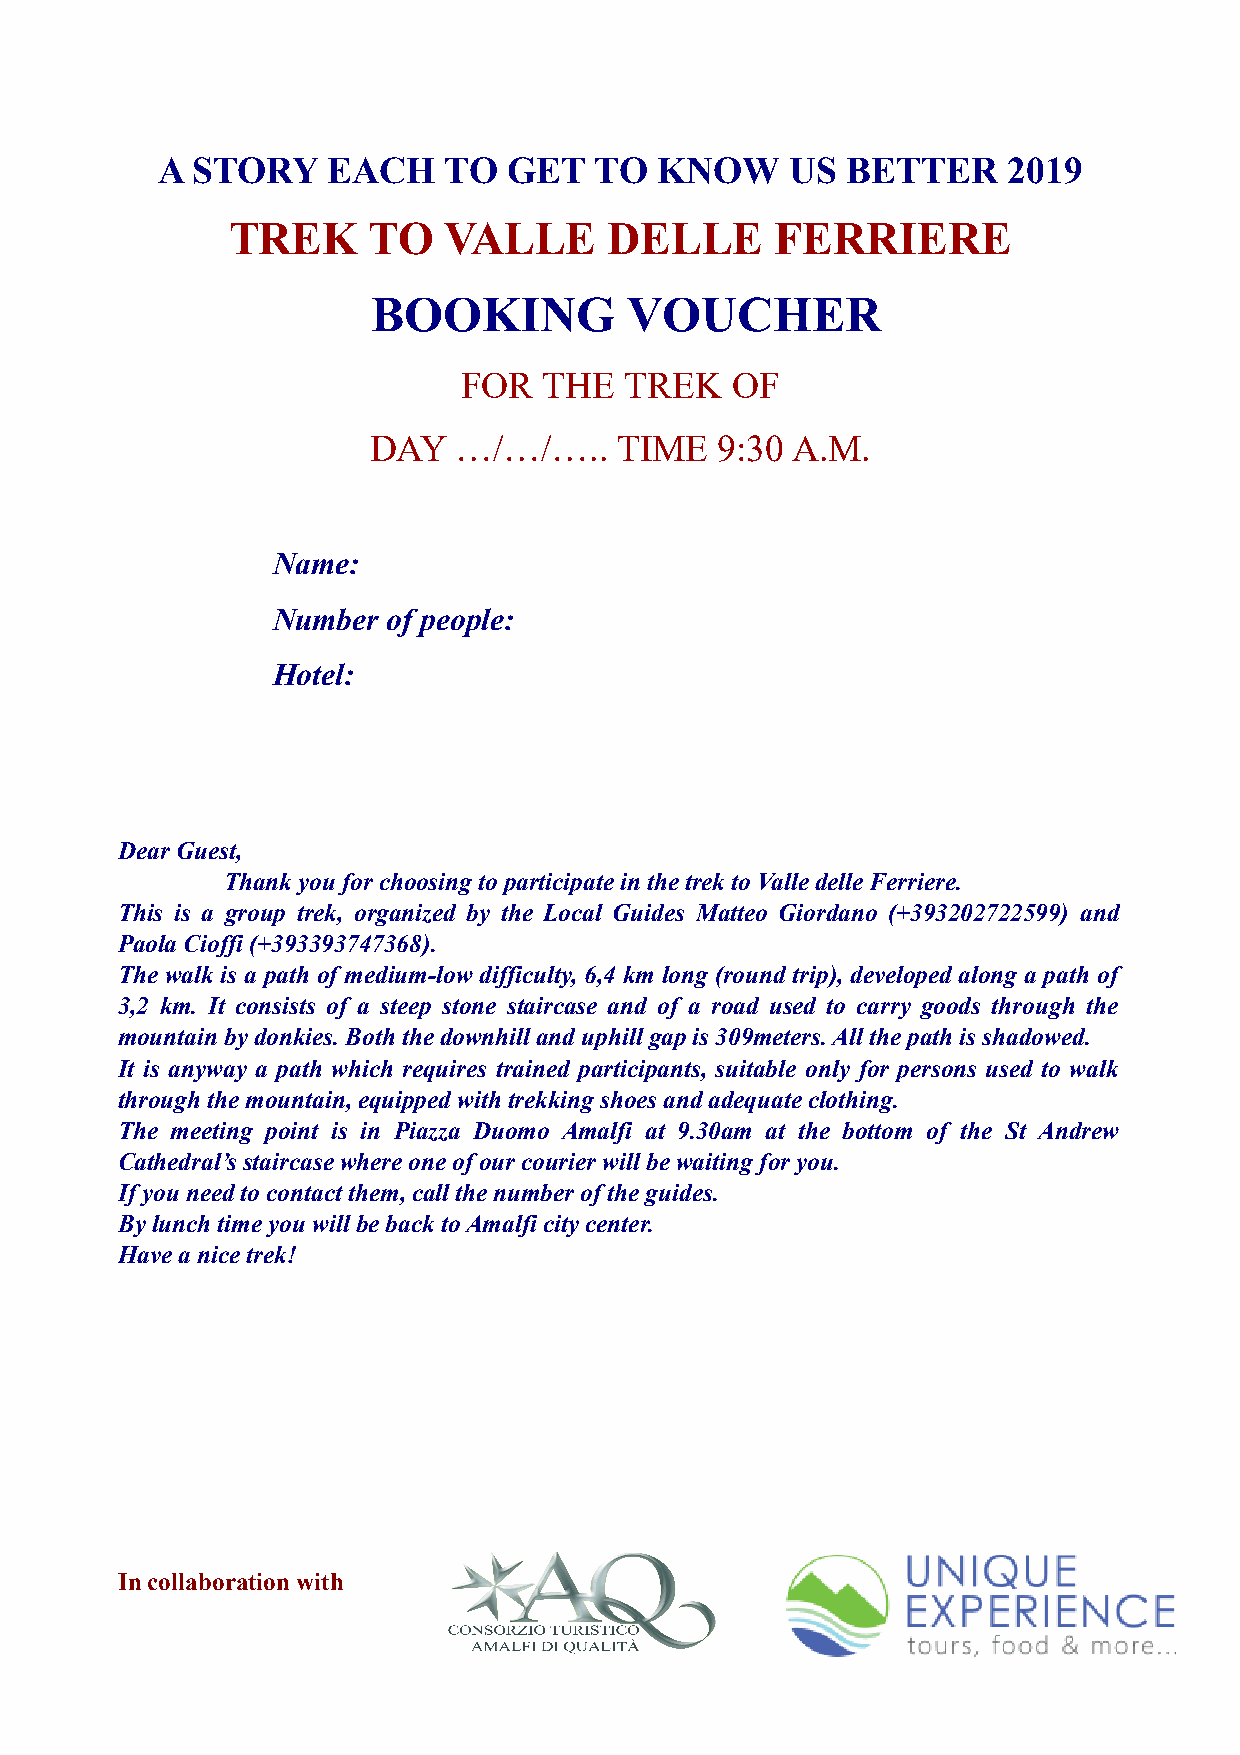
A  STORY    EACH   TO   GET  TO   KNOW    US  BETTER     2019
 TREK     TO   VALLE      DELLE      FERRIERE
 BOOKING         VOUCHER
 FOR  THE  TREK   OF
 DAY   …/…/…..    TIME  9:30 A.M.
 Name:
 Number  of people:
 Hotel:
 Dear Guest,
 Thank you for choosing to participate in the trek to Valle delle Ferriere.
 This is a group trek, organized by the Local Guides Matteo Giordano (+393202722599) and
 Paola Cioffi (+393393747368).
 The walk is a path of medium-low difficulty, 6,4 km long (round trip), developed along a path of
 3,2 km. It consists of a steep stone staircase and of a road used to carry goods through the
 mountain by donkies. Both the downhill and uphill gap is 309meters. All the path is shadowed.
 It is anyway a path which requires trained participants, suitable only for persons used to walk
 through the mountain, equipped with trekking shoes and adequate clothing.
 The meeting point is in Piazza Duomo Amalfi at 9.30am at the bottom of the St Andrew
 Cathedral’s staircase where one of our courier will be waiting for you.
 If you need to contact them, call the number of the guides.
 By lunch time you will be back to Amalfi city center.
 Have a nice trek!
 In collaboration with